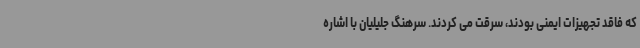
که فاقد تجهیزات ایمنی بودند، سرقت می کردند. سرهنگ جلیلیان با اشاره